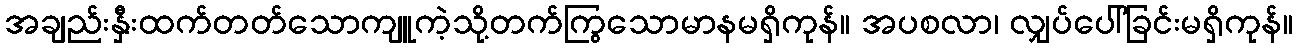
အချည်းနှီးထက်တတ်သောကျူကဲ့သို့တက်ကြွသောမာနမရှိကုန်။ အပစလာ၊ လျှပ်ပေါ်ခြင်းမရှိကုန်။